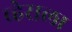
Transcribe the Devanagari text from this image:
व्हेराला